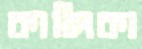
কালিকা